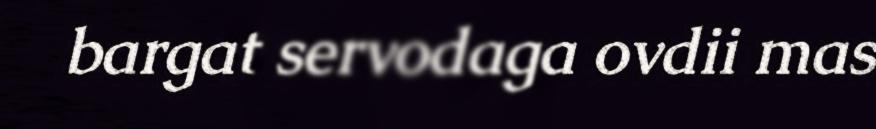
bargat servodaga ovdii mas